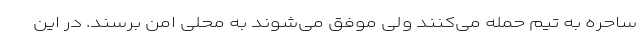
ساحره به تیم حمله می‌کنند ولی موفق می‌شوند به محلی امن برسند. در این